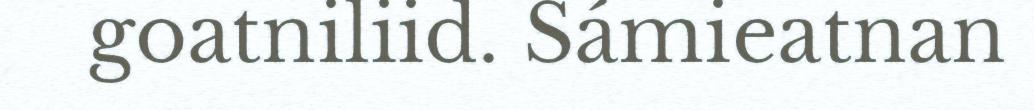
goatniliid. Sámieatnan